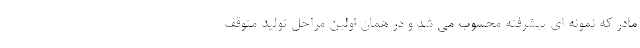
مادر که نمونه ای پیشرفته محسوب می شد و در همان اولین مراحل تولید متوقف